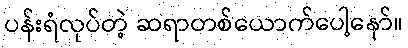
ပန်းရံလုပ်တဲ့ ဆရာတစ်ယောက်ပေါ့နော်။